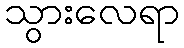
သွားလေရာ